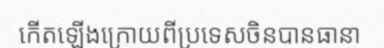
កើតឡើងក្រោយពីប្រទេសចិនបានធានា